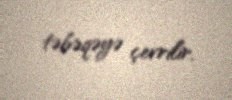
təbəqəyə çevrilir.